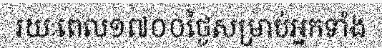
រយៈពេល១៧០០ថ្ងៃសម្រាប់អ្នកទាំង